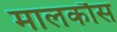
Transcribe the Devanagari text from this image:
मालकौस